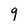
Character: 9